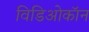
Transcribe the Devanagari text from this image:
विडिओकॉन